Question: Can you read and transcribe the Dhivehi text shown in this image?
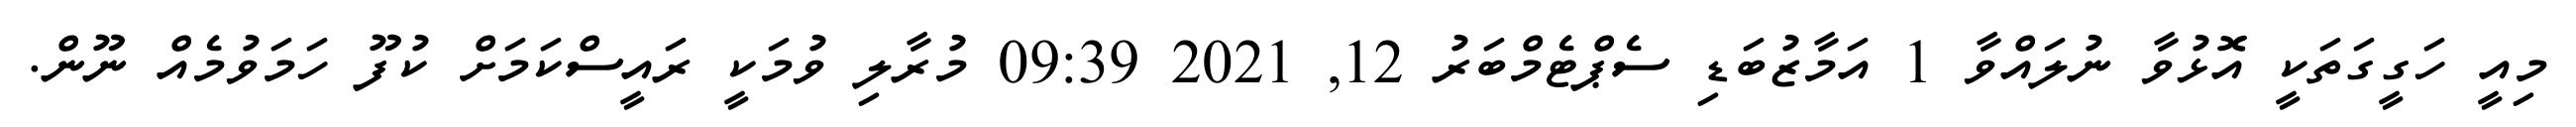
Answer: މިއީ ހަގީގަތަކީ އޮޅުވާ ނުލައްވާ 1 އަމާޒުބަޑި ސެޕްޓެމްބަރު 12, 2021 09:39 މުރާލި ވުމަކީ ރައީސްކަމަށް ކުފޫ ހަމަވުމެއް ނޫން.